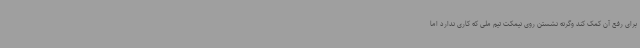
برای رفع آن کمک کند وگرنه نشستن روی نیمکت تیم ملی که کاری ندارد اما